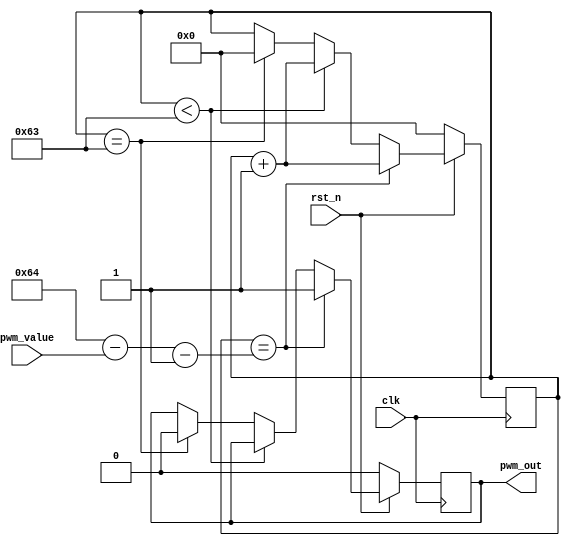
module pwm_core
    (
        input wire        clk,
        input wire        rst_n,
        input wire [31:0] pwm_value,
        output reg        pwm_out
    );
    
    reg [31:0] cnt_reg;
    
    always @(posedge clk)
    begin
        if (!rst_n)
        begin
            cnt_reg <= 0;
            pwm_out <= 0;
        end
        else if (cnt_reg == 100-pwm_value-1) // Set PWM value
        begin
            cnt_reg <= cnt_reg + 1;
            pwm_out <= 1;
        end
        else if (cnt_reg < 100-1) // 100MHz / 100 = 1MHz
        begin
            cnt_reg <= cnt_reg + 1;
        end
        else if (cnt_reg == 100-1) // Reset counter
        begin
            cnt_reg <= 0;
            pwm_out <= 0;
        end
    end
    
endmodule